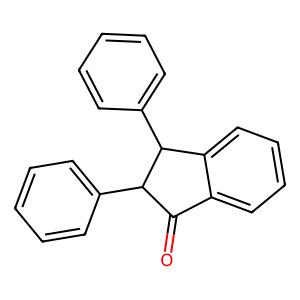
SMILES: O=C1c2ccccc2C(c2ccccc2)C1c1ccccc1
Inhibits HIV replication: No